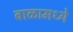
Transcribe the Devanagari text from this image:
बाळामध्ये